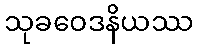
သုခဝေဒနိယဿ